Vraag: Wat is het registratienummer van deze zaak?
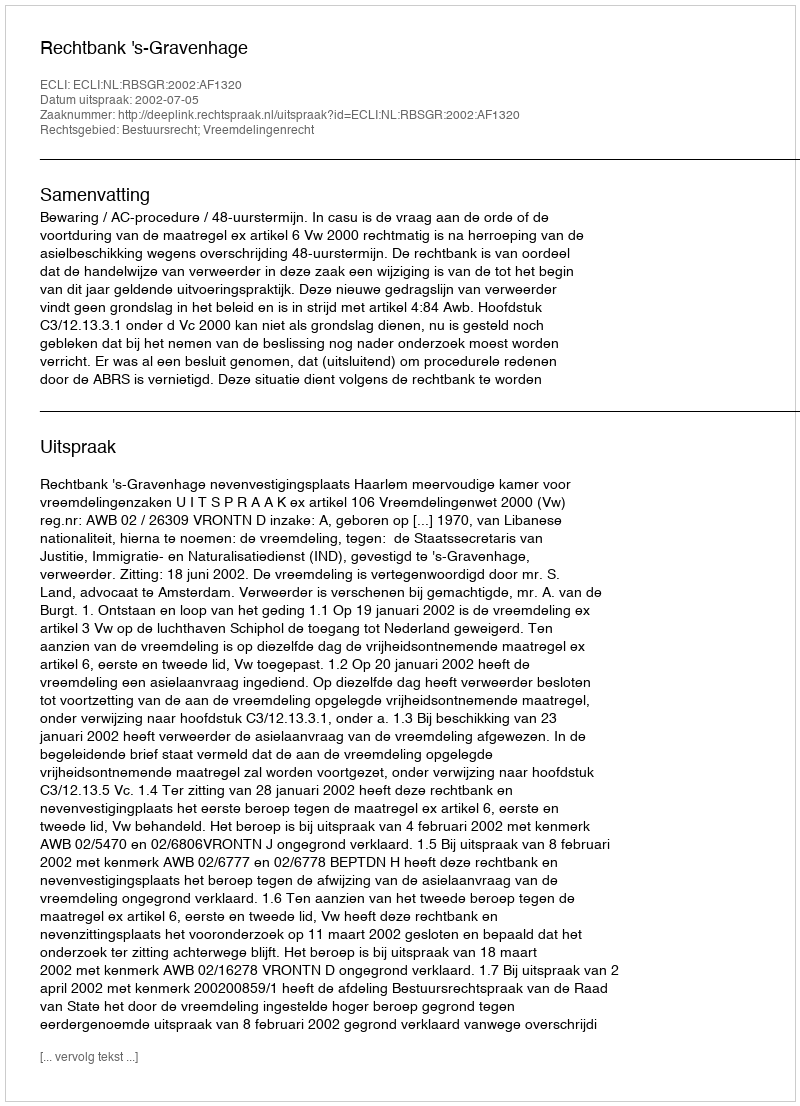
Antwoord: http://deeplink.rechtspraak.nl/uitspraak?id=ECLI:NL:RBSGR:2002:AF1320